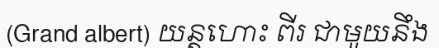
(Grand albert) យន្តហោះ ពីរ ជាមួយនឹង